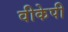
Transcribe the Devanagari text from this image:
वीकेपी